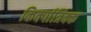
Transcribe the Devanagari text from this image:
किर्क्पात्रिक्क